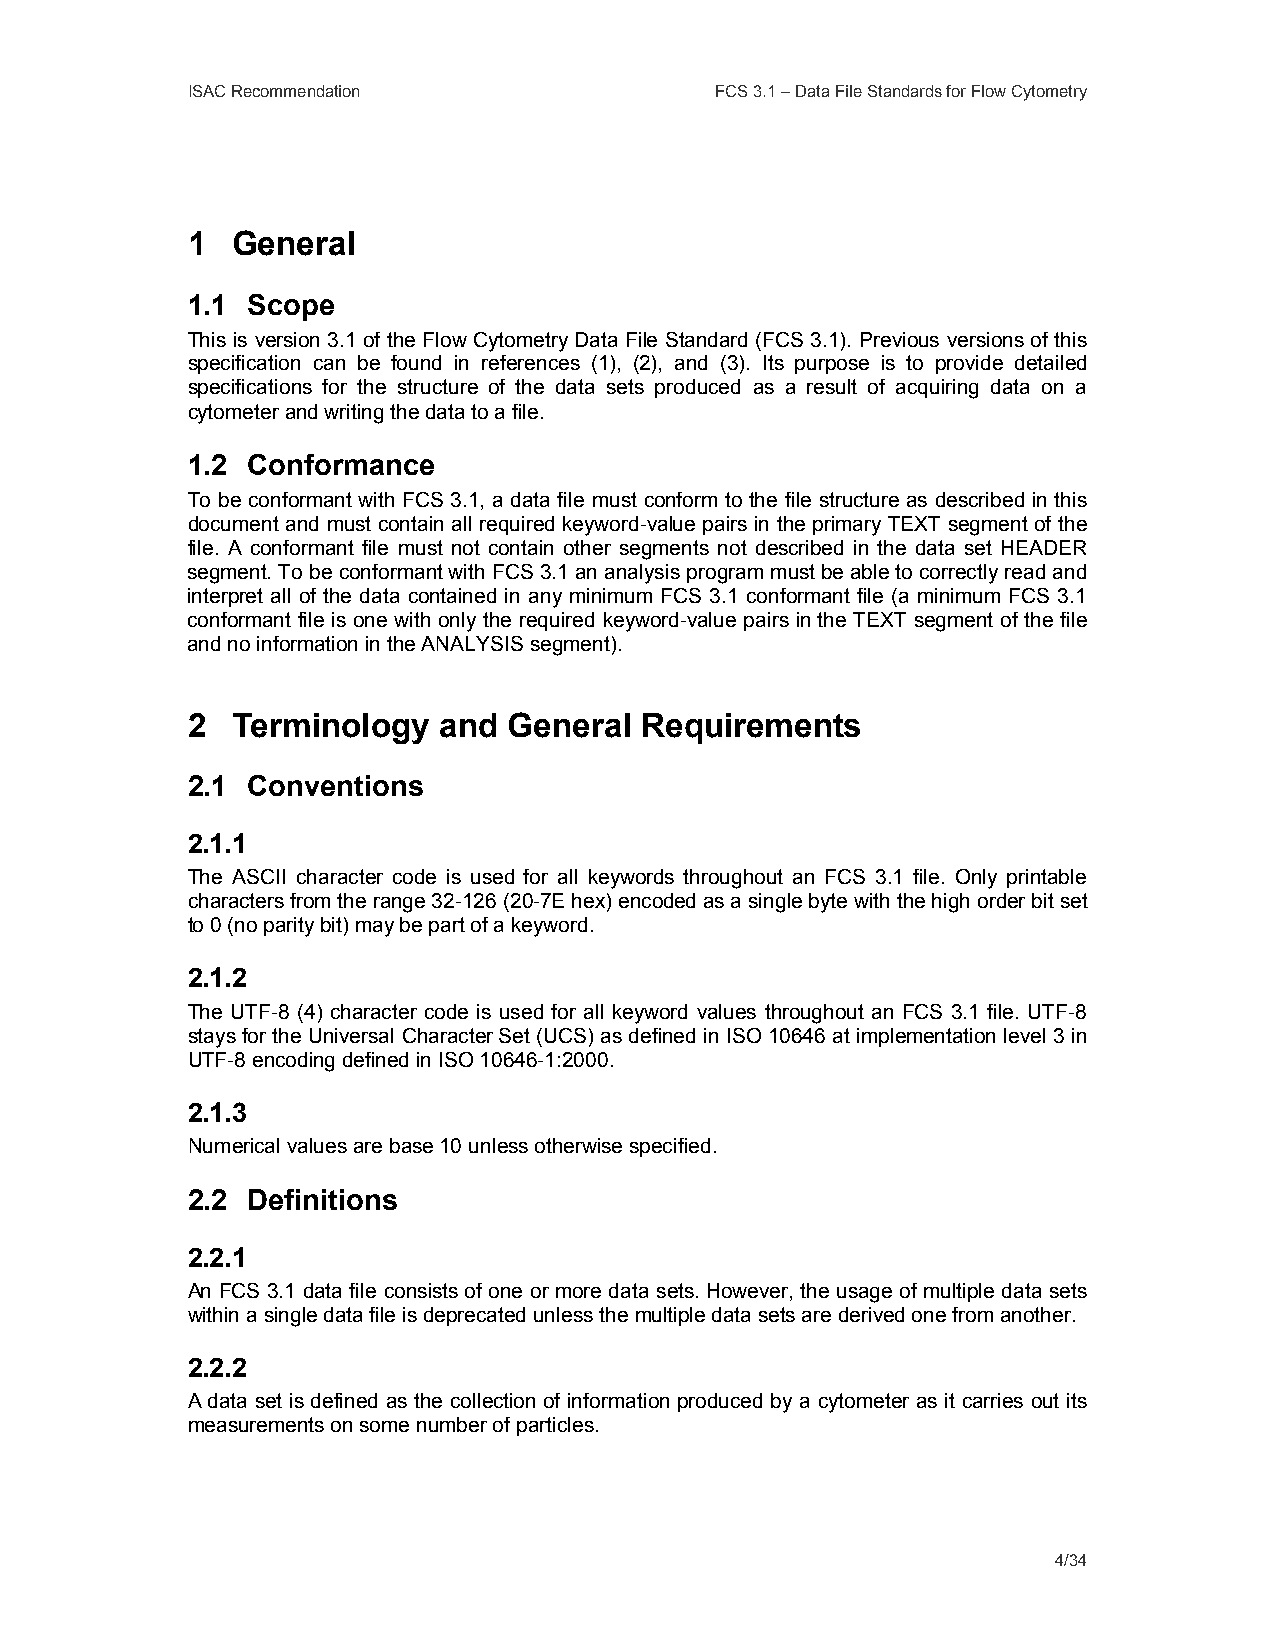
ISAC Recommendation                FCS 3.1 – Data File Standards for Flow Cytometry
 1  General
 1.1 Scope
 This is version 3.1 of the Flow Cytometry Data File Standard (FCS 3.1). Previous versions of this
 specification can be found in references (1), (2), and (3). Its purpose is to provide detailed
 specifications for the structure of the data sets produced as a result of acquiring data on a
 cytometer and writing the data to a file.
 1.2 Conformance
 To be conformant with FCS 3.1, a data file must conform to the file structure as described in this
 document and must contain all required keyword-value pairs in the primary TEXT segment of the
 file. A conformant file must not contain other segments not described in the data set HEADER
 segment. To be conformant with FCS 3.1 an analysis program must be able to correctly read and
 interpret all of the data contained in any minimum FCS 3.1 conformant file (a minimum FCS 3.1
 conformant file is one with only the required keyword-value pairs in the TEXT segment of the file
 and no information in the ANALYSIS segment).
 2  Terminology   and  General Requirements
 2.1 Conventions
 2.1.1
 The ASCII character code is used for all keywords throughout an FCS 3.1 file. Only printable
 characters from the range 32-126 (20-7E hex) encoded as a single byte with the high order bit set
 to 0 (no parity bit) may be part of a keyword.
 2.1.2
 The UTF-8 (4) character code is used for all keyword values throughout an FCS 3.1 file. UTF-8
 stays for the Universal Character Set (UCS) as defined in ISO 10646 at implementation level 3 in
 UTF-8 encoding defined in ISO 10646-1:2000.
 2.1.3
 Numerical values are base 10 unless otherwise specified.
 2.2 Definitions
 2.2.1
 An FCS 3.1 data file consists of one or more data sets. However, the usage of multiple data sets
 within a single data file is deprecated unless the multiple data sets are derived one from another.
 2.2.2
 A data set is defined as the collection of information produced by a cytometer as it carries out its
 measurements on some number of particles.
 4/34